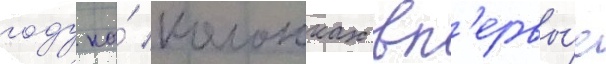
году на́ колонках вп'ервы́е